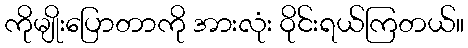
ကိုမျိုးပြောတာကို အားလုံး ဝိုင်းရယ်ကြတယ်။